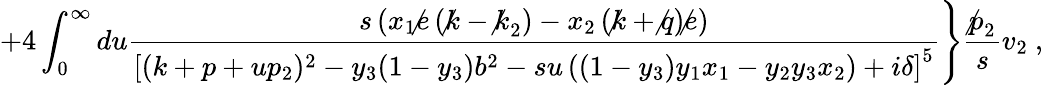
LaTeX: \left.+4\int_{0}^{\infty}du\frac{s\left(x_{1}\not e\left(\not k-\not k_{2}\right)-x_{2}\left(\not k+\not q\right)\not e\right)}{\left[(k+p+up_{2})^{2}-y_{3}(1-y_{3})b^{2}-su\left((1-y_{3})y_{1}x_{1}-y_{2}y_{3}x_{2}\right)+i\delta\right]^{5}}\right\} \frac{\not p_{2}}{s}v_{2}~,